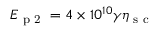
E _ { \textrm { p 2 } } = 4 \times 1 0 ^ { 1 0 } \gamma \eta _ { \textrm { s c } }